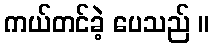
ကယ်တင်ခဲ့ ပေသည် ။